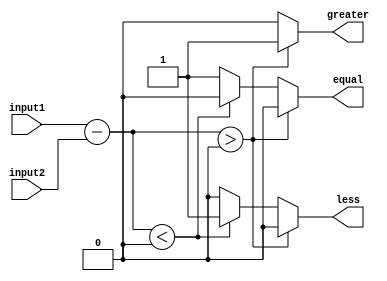
module magnitude_comparator (
    input [7:0] input1,
    input [7:0] input2,
    output reg greater,
    output reg less,
    output reg equal
);

reg [7:0] diff;

always @* begin
    diff = input1 - input2;
    if(diff > 0) begin
        greater = 1;
        less = 0;
        equal = 0;
    end else if(diff < 0) begin
        greater = 0;
        less = 1;
        equal = 0;
    end else begin
        greater = 0;
        less = 0;
        equal = 1;
    end
end

endmodule